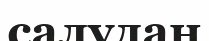
салудан